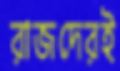
রাজদেরই